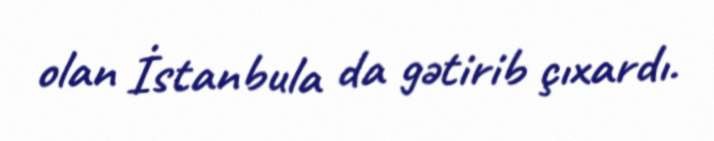
olan İstanbula da gətirib çıxardı.